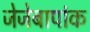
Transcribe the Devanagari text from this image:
जेजेबापांक